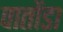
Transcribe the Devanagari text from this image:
पातोंडा